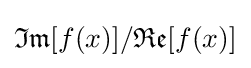
{\mathfrak {Im}}[f(x)]/{\mathfrak {Re}}[f(x)]